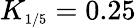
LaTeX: K_{\scriptscriptstyle{1/5}}=0.25